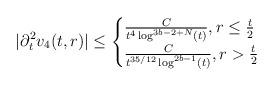
LaTeX: \begin{align*} |\partial_{t}^{2}v_{4}(t,r)| \leq \begin{cases} \frac{C}{t^{4} \log^{3b-2+N}(t)}, r \leq \frac{t}{2}\\\frac{C}{t^{35/12} \log^{2b-1}(t)}, r > \frac{t}{2} \end{cases}\end{align*}